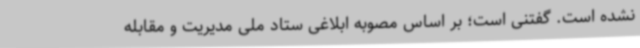
نشده است. گفتنی است؛ بر اساس مصوبه ابلاغی ستاد ملی مدیریت و مقابله